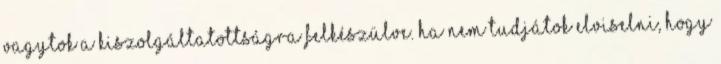
vagytok a kiszolgáltatottságra felkészülve. Ha nem tudjátok elviselni, hogy